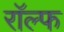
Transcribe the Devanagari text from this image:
राॅल्फ